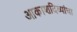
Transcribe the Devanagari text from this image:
आकाशदिव्यांचा